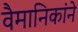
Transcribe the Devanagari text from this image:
वैमानिकांने